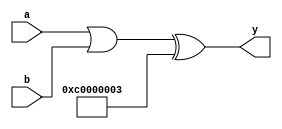
/* Generated by Yosys 0.33+72 (git sha1 ac8b31e00, clang 10.0.0-4ubuntu1 -fPIC -Os) */

module multiple_nets(a, b, y);
  wire [31:0] _0_;
  wire [31:0] _1_;
  input [31:0] a;
  wire [31:0] a;
  input [31:0] b;
  wire [31:0] b;
  wire [31:0] constant;
  wire [31:0] test_wire;
  wire [31:0] test_wire2;
  output [31:0] y;
  wire [31:0] y;
  assign _0_ = a | b;
  assign y = _0_ ^ 32'd3221225475;
  assign _1_[31] = y[31];
  assign _1_[30] = y[30];
  assign _1_[29] = y[29];
  assign _1_[28] = y[28];
  assign _1_[27] = y[27];
  assign _1_[26] = y[26];
  assign _1_[25] = y[25];
  assign _1_[24] = y[24];
  assign _1_[23] = y[23];
  assign _1_[22] = y[22];
  assign _1_[21] = y[21];
  assign _1_[20] = y[20];
  assign _1_[19] = y[19];
  assign _1_[18] = y[18];
  assign _1_[17] = y[17];
  assign _1_[16] = y[16];
  assign _1_[15] = y[15];
  assign _1_[14] = y[14];
  assign _1_[13] = y[13];
  assign _1_[12] = y[12];
  assign _1_[11] = y[11];
  assign _1_[10] = y[10];
  assign _1_[9] = y[9];
  assign _1_[8] = y[8];
  assign _1_[7] = y[7];
  assign _1_[6] = y[6];
  assign _1_[5] = y[5];
  assign _1_[4] = y[4];
  assign _1_[3] = y[3];
  assign _1_[2] = y[2];
  assign _1_[1] = y[1];
  assign _1_[0] = y[0];
  assign constant[31] = 1'h1;
  assign constant[30] = 1'h1;
  assign constant[29] = 1'h0;
  assign constant[28] = 1'h0;
  assign constant[27] = 1'h0;
  assign constant[26] = 1'h0;
  assign constant[25] = 1'h0;
  assign constant[24] = 1'h0;
  assign constant[23] = 1'h0;
  assign constant[22] = 1'h0;
  assign constant[21] = 1'h0;
  assign constant[20] = 1'h0;
  assign constant[19] = 1'h0;
  assign constant[18] = 1'h0;
  assign constant[17] = 1'h0;
  assign constant[16] = 1'h0;
  assign constant[15] = 1'h0;
  assign constant[14] = 1'h0;
  assign constant[13] = 1'h0;
  assign constant[12] = 1'h0;
  assign constant[11] = 1'h0;
  assign constant[10] = 1'h0;
  assign constant[9] = 1'h0;
  assign constant[8] = 1'h0;
  assign constant[7] = 1'h0;
  assign constant[6] = 1'h0;
  assign constant[5] = 1'h0;
  assign constant[4] = 1'h0;
  assign constant[3] = 1'h0;
  assign constant[2] = 1'h0;
  assign constant[1] = 1'h1;
  assign constant[0] = 1'h1;
  assign test_wire[31] = 1'h1;
  assign test_wire[30] = 1'h1;
  assign test_wire[29] = 1'h0;
  assign test_wire[28] = 1'h0;
  assign test_wire[27] = 1'h0;
  assign test_wire[26] = 1'h0;
  assign test_wire[25] = 1'h0;
  assign test_wire[24] = 1'h0;
  assign test_wire[23] = 1'h0;
  assign test_wire[22] = 1'h0;
  assign test_wire[21] = 1'h0;
  assign test_wire[20] = 1'h0;
  assign test_wire[19] = 1'h0;
  assign test_wire[18] = 1'h0;
  assign test_wire[17] = 1'h0;
  assign test_wire[16] = 1'h0;
  assign test_wire[15] = 1'h0;
  assign test_wire[14] = 1'h0;
  assign test_wire[13] = 1'h0;
  assign test_wire[12] = 1'h0;
  assign test_wire[11] = 1'h0;
  assign test_wire[10] = 1'h0;
  assign test_wire[9] = 1'h0;
  assign test_wire[8] = 1'h0;
  assign test_wire[7] = 1'h0;
  assign test_wire[6] = 1'h0;
  assign test_wire[5] = 1'h0;
  assign test_wire[4] = 1'h0;
  assign test_wire[3] = 1'h0;
  assign test_wire[2] = 1'h0;
  assign test_wire[1] = 1'h1;
  assign test_wire[0] = 1'h1;
  assign test_wire2[31] = a[31];
  assign test_wire2[30] = a[30];
  assign test_wire2[29] = a[29];
  assign test_wire2[28] = a[28];
  assign test_wire2[27] = a[27];
  assign test_wire2[26] = a[26];
  assign test_wire2[25] = a[25];
  assign test_wire2[24] = a[24];
  assign test_wire2[23] = a[23];
  assign test_wire2[22] = a[22];
  assign test_wire2[21] = a[21];
  assign test_wire2[20] = a[20];
  assign test_wire2[19] = a[19];
  assign test_wire2[18] = a[18];
  assign test_wire2[17] = a[17];
  assign test_wire2[16] = a[16];
  assign test_wire2[15] = a[15];
  assign test_wire2[14] = a[14];
  assign test_wire2[13] = a[13];
  assign test_wire2[12] = a[12];
  assign test_wire2[11] = a[11];
  assign test_wire2[10] = a[10];
  assign test_wire2[9] = a[9];
  assign test_wire2[8] = a[8];
  assign test_wire2[7] = a[7];
  assign test_wire2[6] = a[6];
  assign test_wire2[5] = a[5];
  assign test_wire2[4] = a[4];
  assign test_wire2[3] = a[3];
  assign test_wire2[2] = a[2];
  assign test_wire2[1] = a[1];
  assign test_wire2[0] = a[0];
endmodule